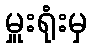
မှူးရုံးမှ